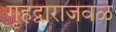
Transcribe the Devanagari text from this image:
गृहद्वाराजवळ